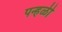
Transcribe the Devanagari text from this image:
पन्हळी